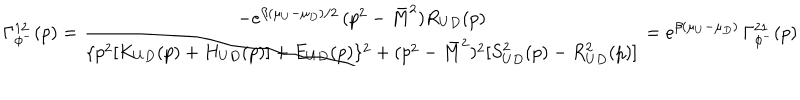
\Gamma _ { \phi ^ { - } } ^ { 1 2 } ( p ) = \frac { - e ^ { \beta ( \mu _ { U } - \mu _ { D } ) / 2 } \, ( p ^ { 2 } - \bar { M } ^ { 2 } ) R _ { U D } ( p ) } { \{ p ^ { 2 } [ K _ { U D } ( p ) + H _ { U D } ( p ) ] + E _ { U D } ( p ) \} ^ { 2 } + ( p ^ { 2 } - \bar { M } ^ { 2 } ) ^ { 2 } [ S _ { U D } ^ { 2 } ( p ) - R _ { U D } ^ { 2 } ( p ) ] } = e ^ { \beta ( \mu _ { U } - \mu _ { D } ) } \, \Gamma _ { \phi ^ { - } } ^ { 2 1 } ( p )